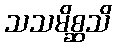
သသမိစ္ဆသိ